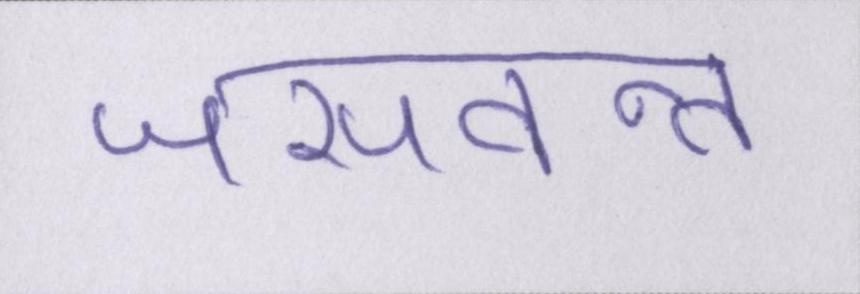
जसवन्त